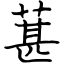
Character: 葚